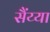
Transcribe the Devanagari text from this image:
सैंय्या